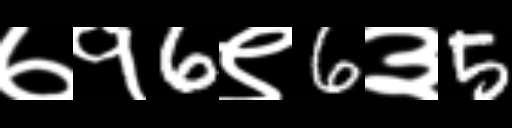
Text: ७१6९6३5